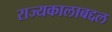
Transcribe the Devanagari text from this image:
राज्यकालाबद्दल